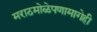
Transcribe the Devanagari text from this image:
मराठमोळेपणामागेही